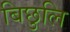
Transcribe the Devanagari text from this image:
बिछुलि